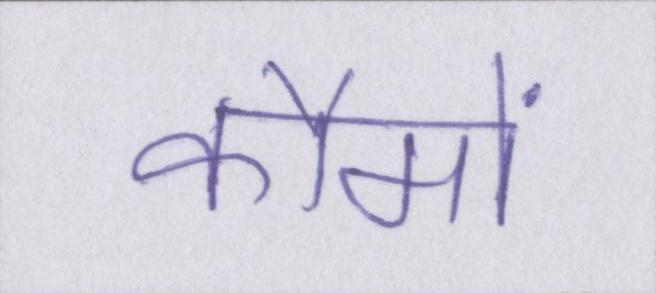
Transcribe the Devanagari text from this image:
कौमों